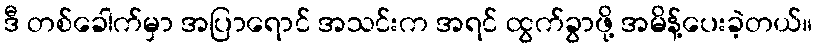
ဒီ တစ်ခေါက်မှာ အပြာရောင် အသင်းက အရင် ထွက်ခွာဖို့ အမိန့်ပေးခဲ့တယ်။